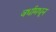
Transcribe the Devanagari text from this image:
वर्धामधून